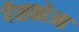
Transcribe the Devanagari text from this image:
पैसकोआ